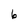
Character: 6